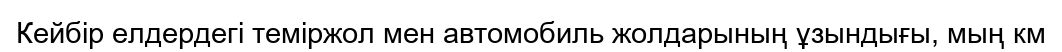
Кейбір елдердегі теміржол мен автомобиль жолдарының ұзындығы, мың км